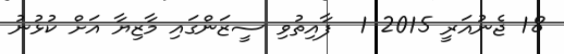
18 ޖެނުއަރީ 2015 1  ފާއިތުވި ސީޒަންގައި މާޒިޔާ އަށް ކުޅުނު